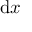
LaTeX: { \mathrm { d } } x